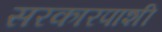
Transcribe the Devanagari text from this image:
सरकारपाशी